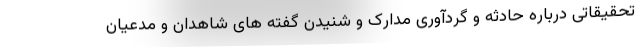
تحقیقاتی درباره حادثه و گردآوری مدارک و شنیدن گفته های شاهدان و مدعیان